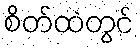
စိတ်ထဲတွင်